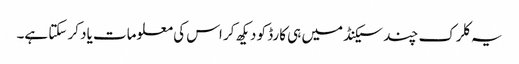
یہ کلرک چند سیکنڈ میں ہی کارڈ کو دیکھ کر اس کی معلومات یاد کر سکتا ہے۔